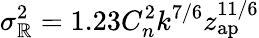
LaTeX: \sigma_{\mathbb{R}}^{2}=1.23C_{n}^{2}k^{7/6}z_{\mathrm{{ap}}}^{11/6}